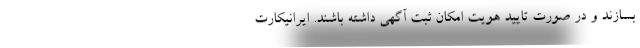
بسازند و در صورت تایید هویت امکان ثبت آگهی داشته باشند. ایرانیکارت